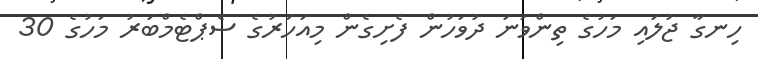
ހިނގާ ޖުލައި މަހުގެ ތިންވަނަ ދުވަހުން ފެށިގެން މިއަހަރުގެ ސެޕްޓެމްބަރު މަހުގެ 30